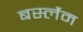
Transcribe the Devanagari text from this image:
बर्स्लेम